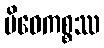
မိဓေကစ္စဿ